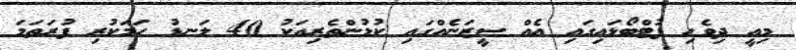
މިއީ ދިވެހި ފުޓްބޯޅައިގައި އެއް ސީޒަނެއްގައި ކުޅުންތެރިއަކު 40 ލަނޑު ހަމަކުރި ފުރަތަމަ